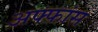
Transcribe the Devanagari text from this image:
अफ्फांस